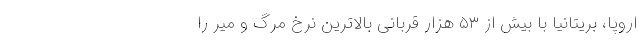
اروپا، بریتانیا با بیش از ۵۳ هزار قربانی بالاترین نرخ مرگ و میر را